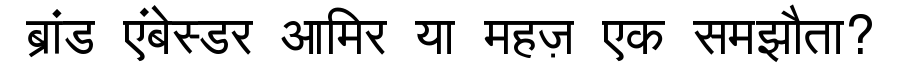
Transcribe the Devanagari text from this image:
ब्रांड एंबेस्डर आमिर या महज़ एक समझौता?